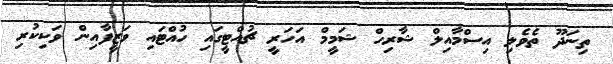
ތިނަދޫ ތެވެލި އިސްމާއިލް ޝާރިހް ޝަމީމް އަހަރީ ޗުއްޓީގައި ހުއްޓައި ވަޒީފާއިން ވަކިކުރި